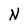
Character: N